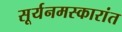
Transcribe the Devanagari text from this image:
सूर्यनमस्कारांत